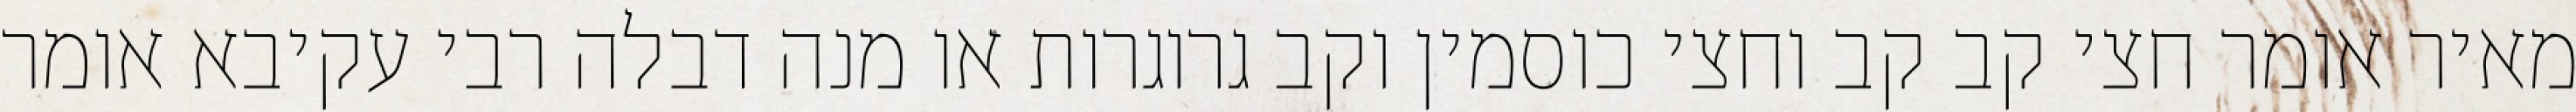
מאיר אומר חצי קב קב וחצי כוסמין וקב גרוגרות או מנה דבלה רבי עקיבא אומר